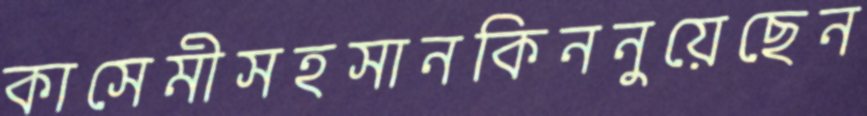
কাসেমীসহসানকিননুয়েছেন